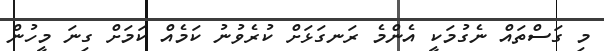
މި ގަސްތައް ނެގުމަކީ އެންމެ ރަނގަޅަށް ކުރެވުނު ކަމެއް ކަމަށް ގިނަ މީހުން